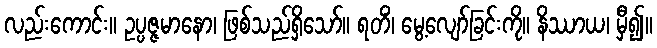
လည်းကောင်း။ ဥပ္ပဇ္ဇမာနော၊ ဖြစ်သည်ရှိသော်။ ရတိံ၊ မွေ့လျော်ခြင်းကို။ နိဿာယ၊ မှီ၍။